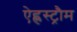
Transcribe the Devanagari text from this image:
ऐह्लस्ट्रौम